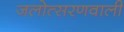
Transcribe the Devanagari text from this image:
जलोत्सरणवाली